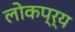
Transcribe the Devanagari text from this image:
लोकप्र्य